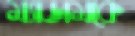
ম্যাডামকে